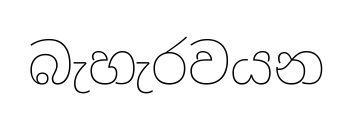
බැහැරවයන